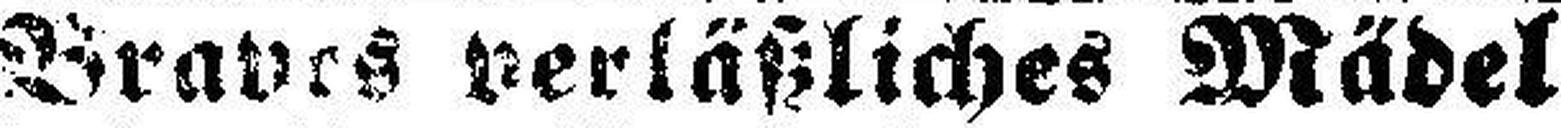
Braves verläßliches Mädel